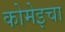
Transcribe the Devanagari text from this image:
कोमेइचा